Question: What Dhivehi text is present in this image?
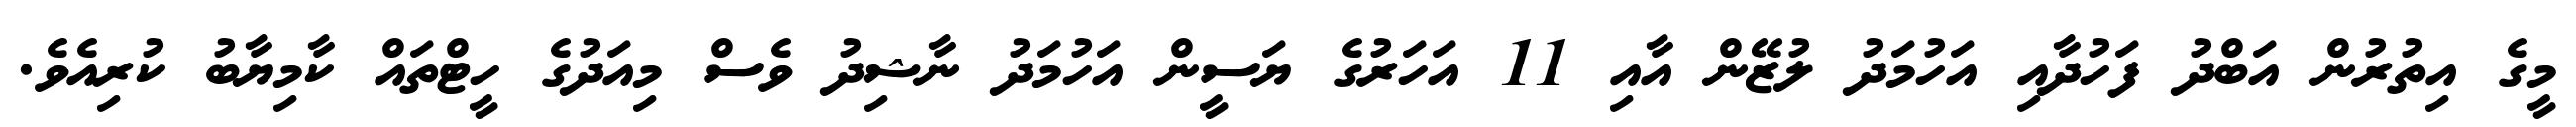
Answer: މީގެ އިތުރުން އަބްދު ފަހުދާއި އަހުމަދު ލުޒޭން އާއި 11 އަހަރުގެ ޔަސީން އަހުމަދު ނާޝިދު ވެސް މިއަދުގެ ހީޓްތައް ކާމިޔާބު ކުރިއެވެ.